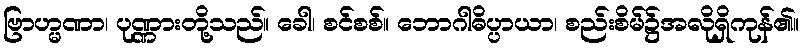
ဗြာဟ္မဏာ၊ ပုဏ္ဏားတို့သည်။ ခေါ၊ စင်စစ်။ ဘောဂါဓိပ္ပာယာ၊ စည်းစိမ်၌အလိုရှိကုန်၏။